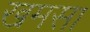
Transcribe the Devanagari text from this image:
खमसा